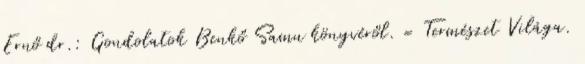
Ernő dr.: Gondolatok Benkő Samu könyvéről. = Természet Világa.